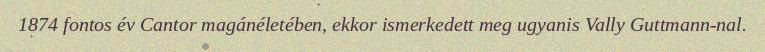
1874 fontos év Cantor magánéletében, ekkor ismerkedett meg ugyanis Vally Guttmann-nal.